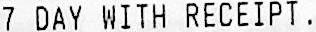
7 DAY WITH RECEIPT.